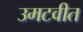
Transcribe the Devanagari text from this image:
उमटवीत